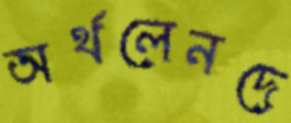
অর্থলেনদে